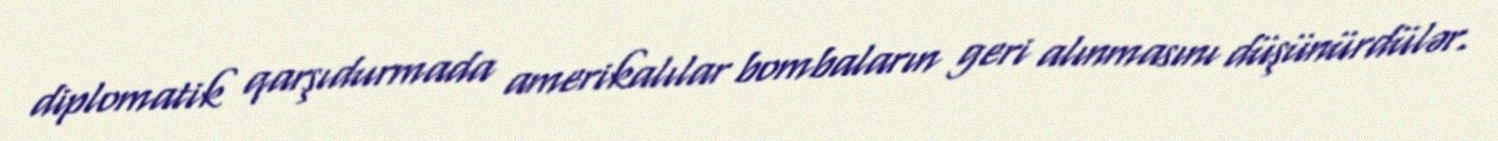
diplomatik qarşıdurmada amerikalılar bombaların geri alınmasını düşünürdülər.